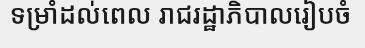
ទម្រាំដល់ពេល រាជរដ្ឋាភិបាលរៀបចំ